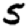
Digit: 5